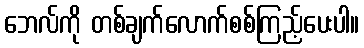
ဘေလ်ကို တစ်ချက်လောက်စစ်ကြည့်ပေးပါ။